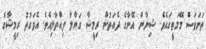
ތަނަވަސް މޭމަތީގައެވެ. ޝިނާން އޭނާގެ ދެއަތުން ރިމީޝާ ގަޔާލާ ފިއްތާލިއެވެ. އެވަގުތު ރިމީޝާގެ